Annual report of the Camel Specialist
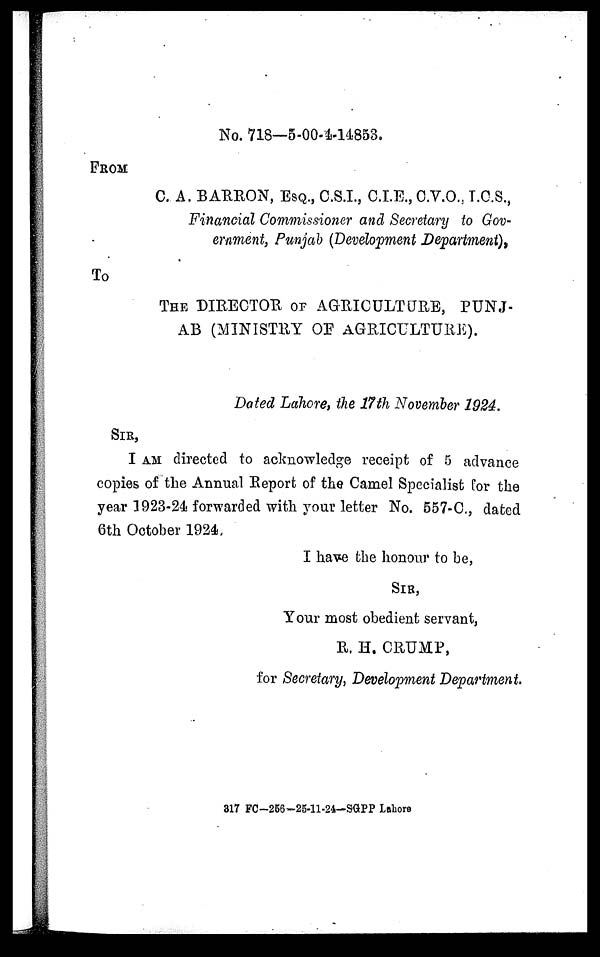
No. 718—5-00-4-14853.
FROM
C. A. BARRON, ESQ., C.S.I., C.I.E., C.V.O.. I.C.S.,
Financial Commissioner and Secretary to Gov-
ernment, Punjab (Development Department),
To
THE DIRECTOR OF AGRICULTURE, PUNJ-
AB (MINISTRY OF AGRICULTURE).
Dated Lahore, the 17th November 2924.
SIR,
I AM directed to acknowledge receipt of 5 advance
copies of the Annual Report of the Camel Specialist for the
year 1923-24 forwarded with your letter No. 557-C., dated
6th October 1924.
I have the honour to be,
SIR,
Your most obedient servant,
R. H. CRUMP,
for Secretary, Development Department.
317 FC-256-25-11-24-SGPP Lahore